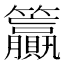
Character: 籯